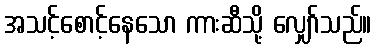
အသင့်စောင့်နေသော ကားဆီသို့ လျှော်သည်။